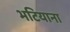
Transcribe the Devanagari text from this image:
भटियाना